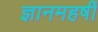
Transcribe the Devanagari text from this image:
ज्ञानमहर्षी